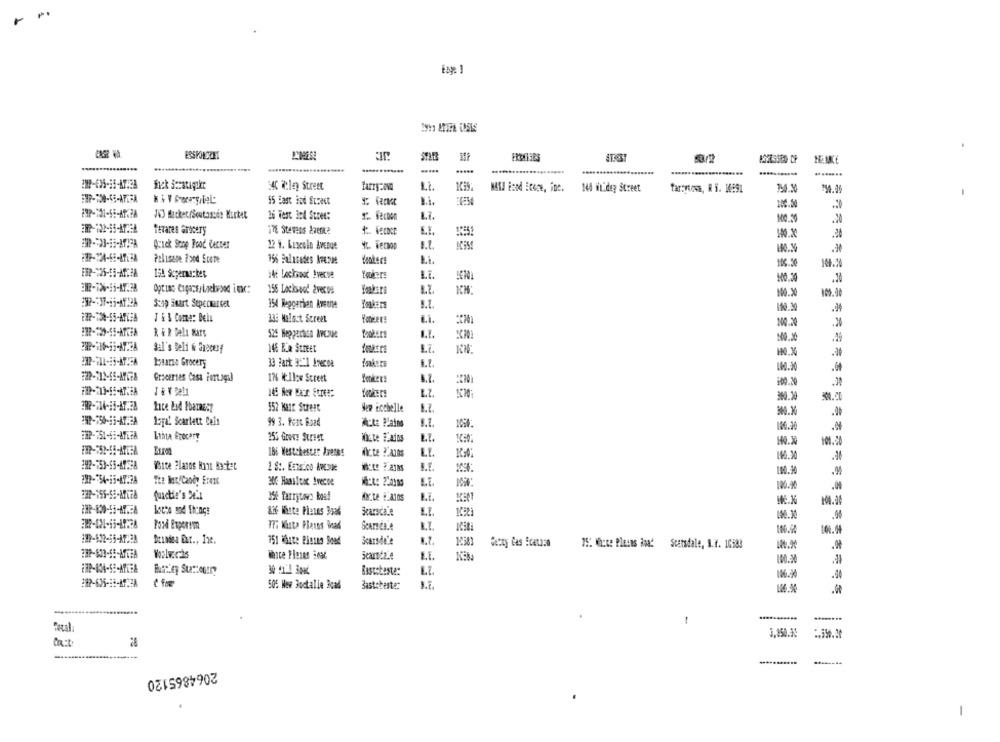
......
.......
.....
BAC illen Street
Li.
tarrytown, R S. 16:91
55 Bast ind Expect
100.50
26 Test Ind Stree:
12 fecton
L7.
100.50
Terares Grocery
178 Stevens Averk?
E.I.
Quick Stop Pood Center
22 H. Luscolo Avenue
1.L.
Polisase Food Score
156 Palisades Meses
Hookers
100.50
169.20
153 Scpermarket
14t Lochvost Avecve
10.30
.20
155 Lockwood 2veces
L.T.
100.30
109.90
Scop Start Sepecharset
154 Reggarien Aveone
110.30
1 & 1 Come: Dein
333 Malost Street
L.i.
100.20
.20
R & # Dela Mars
525 Hepperaca Avenue
Bal's Beli & Srecury
148 ER Street
imatr
L.7.
190.30
tuare Grocers
.00
Groceries Casa Fort.ogul
176 H:11:w Street
1.Z.
100.20
200.20
552 MELK Street
Hep Eccbelle
1.7.
30.X
Lapal Scarlett Ceit
99 3. Perc Road
1.2.
180.20
LIhta Grocery
255 Greve Street
HO.20
101.20
186 Westchester brenes
fcte ? AIDS
110.30
242-753-65-4728
White Planos kont Bastet
1 8 :. Estaico AVENUE
B.F.
110.30
100.00
functie's Xi1
35% Tarrytown kos!
Searsca.e
L.L.
Pozd Experim
100.90
101.44
751 ihate Ricans Soud
Scarsdale
75: Where Plaens isad Scarsdale, i.7. 16583
2HP-603-65-A7728
I.E.
100.200
Bascoteste:
LT.
.00
505 New Doctalle 3cal
Bastabeste:
1
Fetal
3.150.30
28
...........
....----
2064865120
-